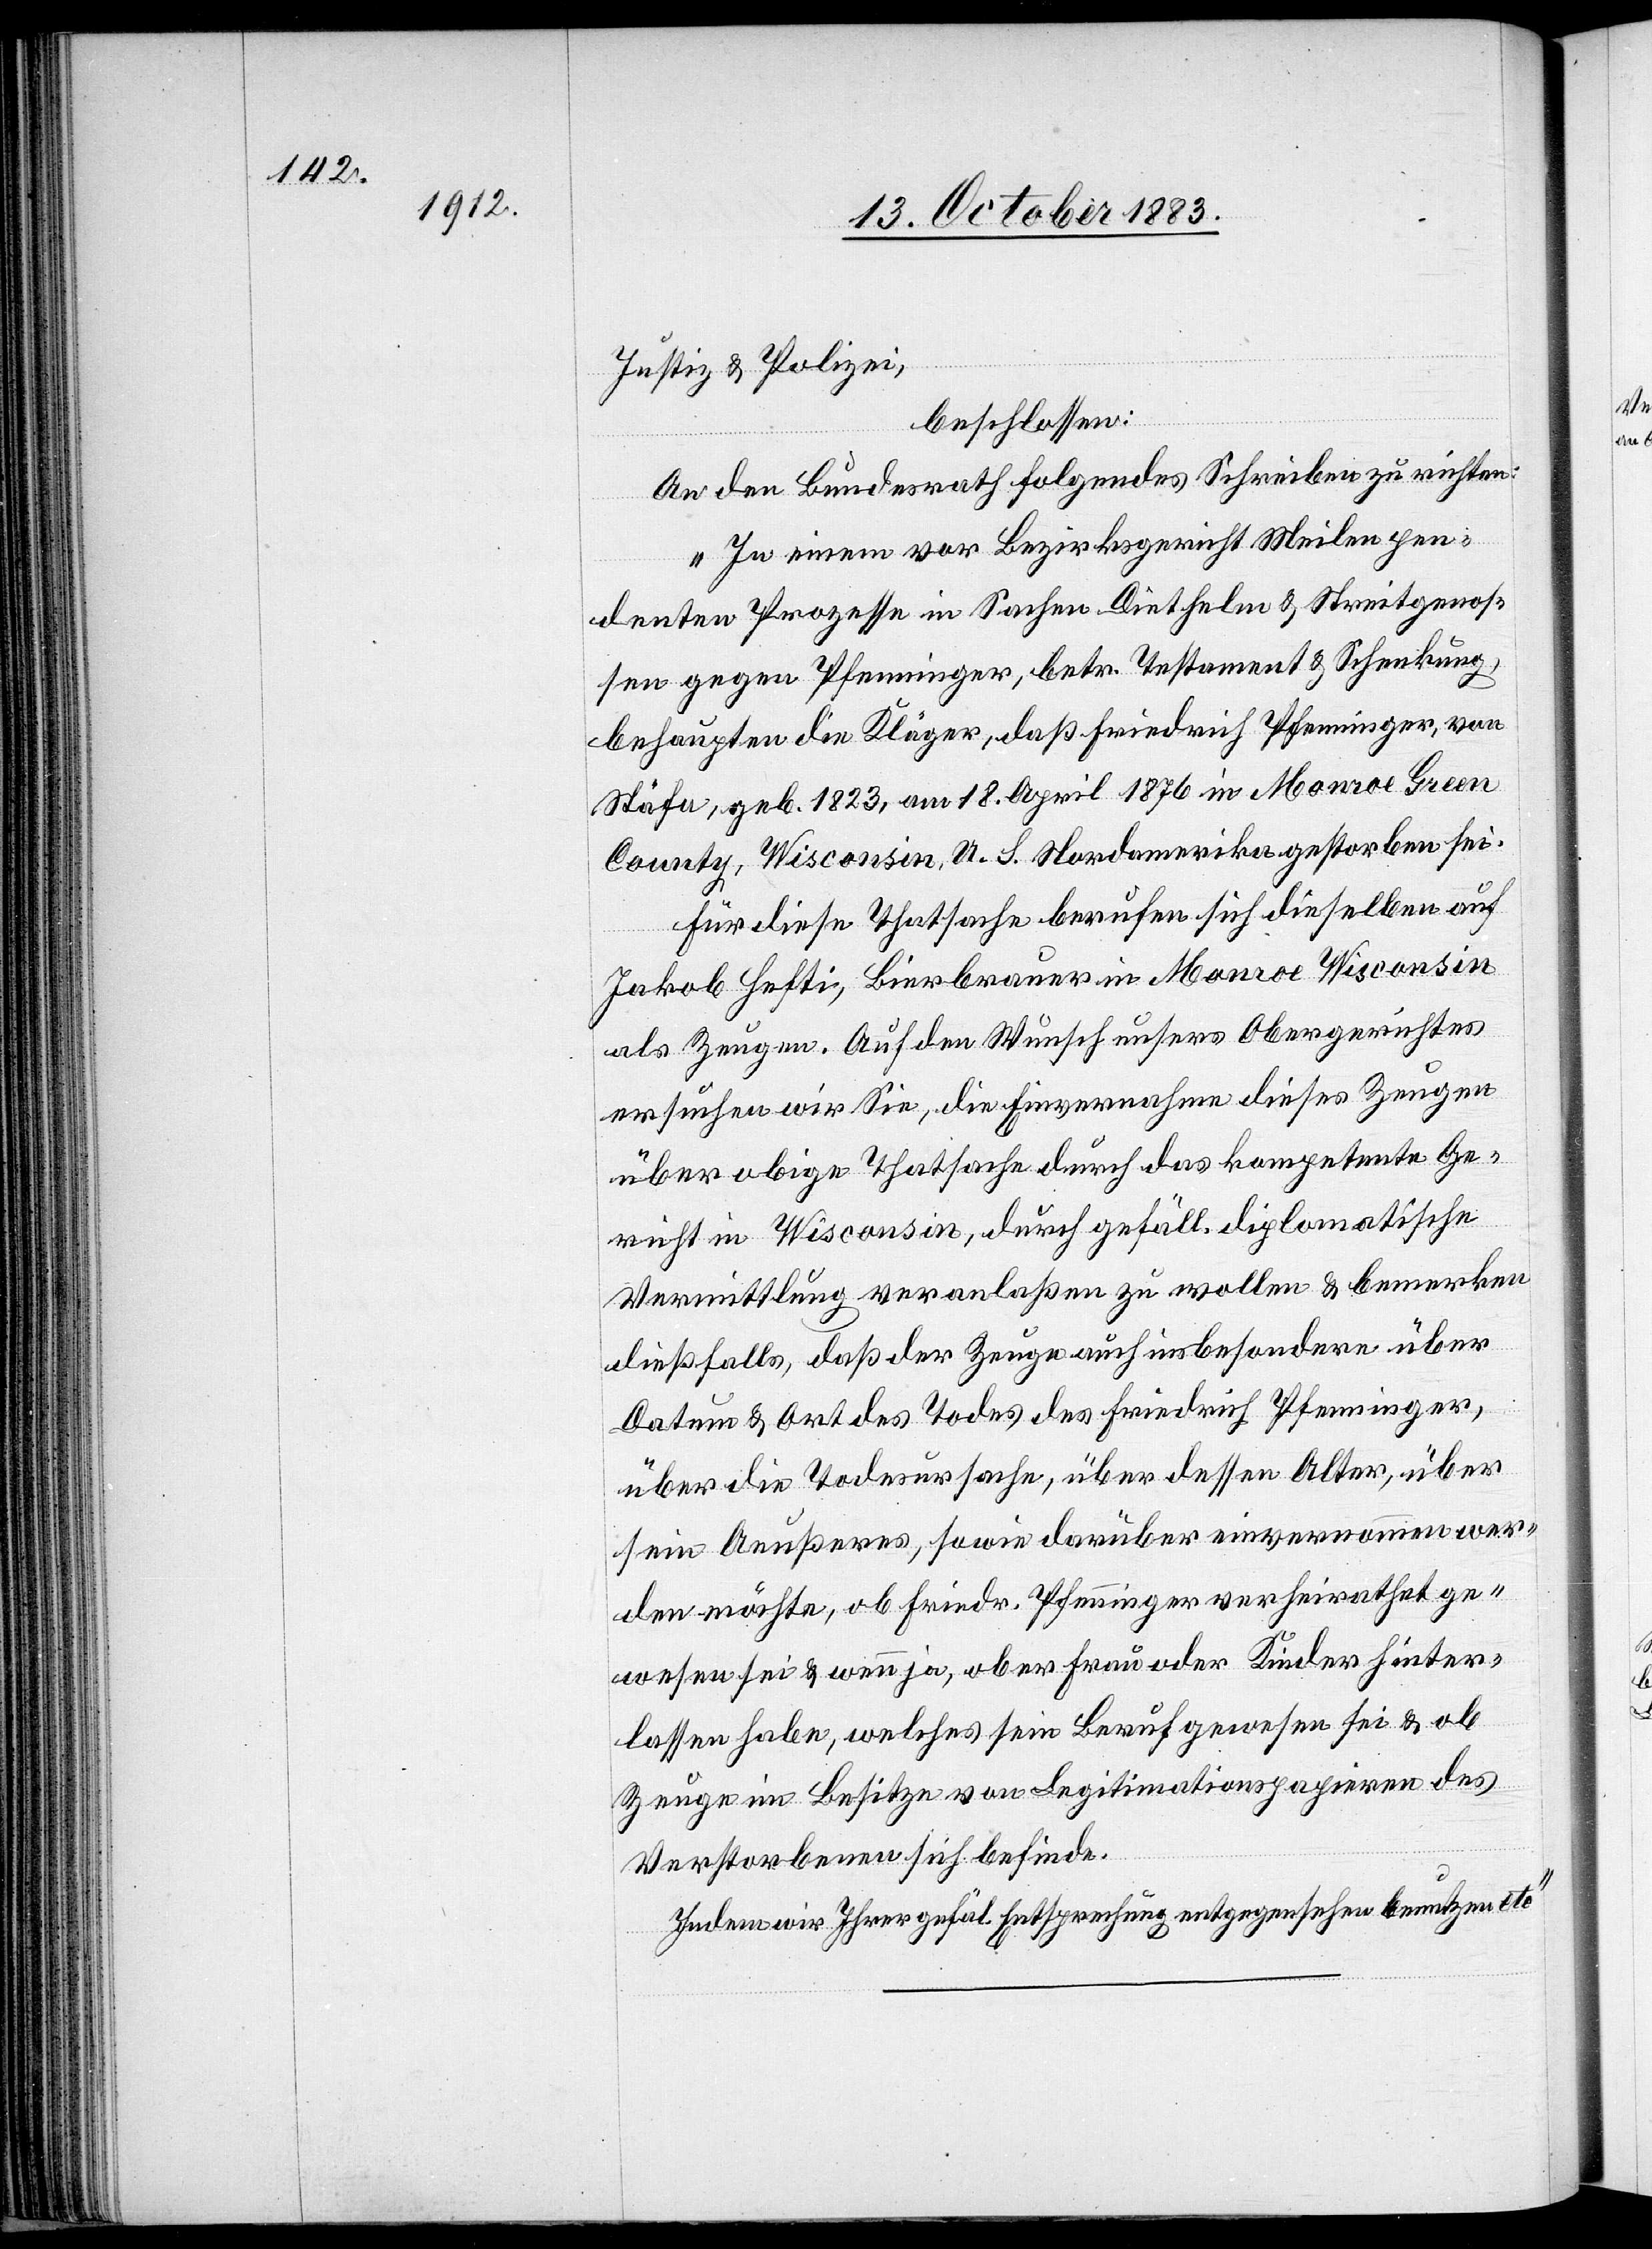
Justiz & Polizei,
beschlossen:
An den Bundesrath folgendes Schreiben zu richten:
„In einem vor Bezirksgericht Meilen pen¬
denten Prozesse in Sachen Diethelm & Streitgenos¬
sen gegen Pfenninger, betr. Testament, von
Stäfa, geb. 1823, am 18. April 1876 in Monroe Green
County, Wisconsin, A. S. Nordamerika gestorben sei.
Für diese Thatsache berufen sich dieselben auf
Jakob Hefti, Bierbrauer in Monroe Wisconsin
als Zeugen. Auf den Wunsch unsers Obergerichtes
ersuchen wir Sie, die Einvernahme dieses Zeugen
über obige Thatsache durch das kompetente Ge¬
richt in Wisconsin, durch gefäll. diplomatische
Vermittlung veranlaßen zu wollen & bemerken
dießfalls, daß der Zeuge auch insbesondere über
Datum & Art des Todes des Friedrich Pfenninger,
über die Todesursache, über dessen Alter, über
sein Aeußeres, so wie darüber einvernommen wer¬
den möchte, ob Fried. Pfenninger verheirathet ge¬
wesen sei & ob er Frau oder Kinder hinter¬
lassen habe, welches sein Beruf gewesen sei & ob
Zeuge im Besitze von Legitimationspapieren des
Verstorbenen sich befinden.
Indem wir Ihrer gefäl. Entsprechung entgegensehen benutzen etc.“